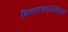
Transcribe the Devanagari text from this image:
किनारपट्टीवरून